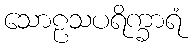
သောဠသပရိက္ခာရံ